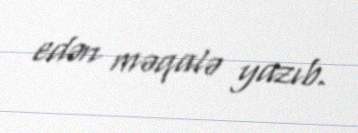
edən məqalə yazıb.